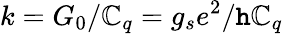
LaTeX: k=G_{0}/\mathbb{C}_{q}=g_{s}e^{2}/\mathtt{h}\mathbb{C}_{q}